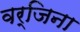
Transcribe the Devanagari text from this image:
वर्जिना